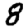
Digit: 8